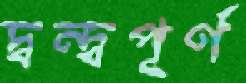
দ্বন্দ্বপূর্ণ